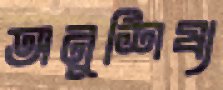
অনুশিষ্য